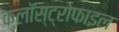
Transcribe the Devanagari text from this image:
क्लॉस्ट्रोफाइल